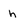
Character: h